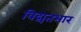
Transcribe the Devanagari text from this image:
विद्यतभार